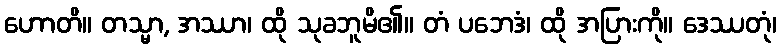
ဟောတိ။ တသ္မာ, အဿာ၊ ထို သုခဘူမိ၏။ တံ ပဘေဒံ၊ ထို အပြားကို။ ဒေဿတုံ၊